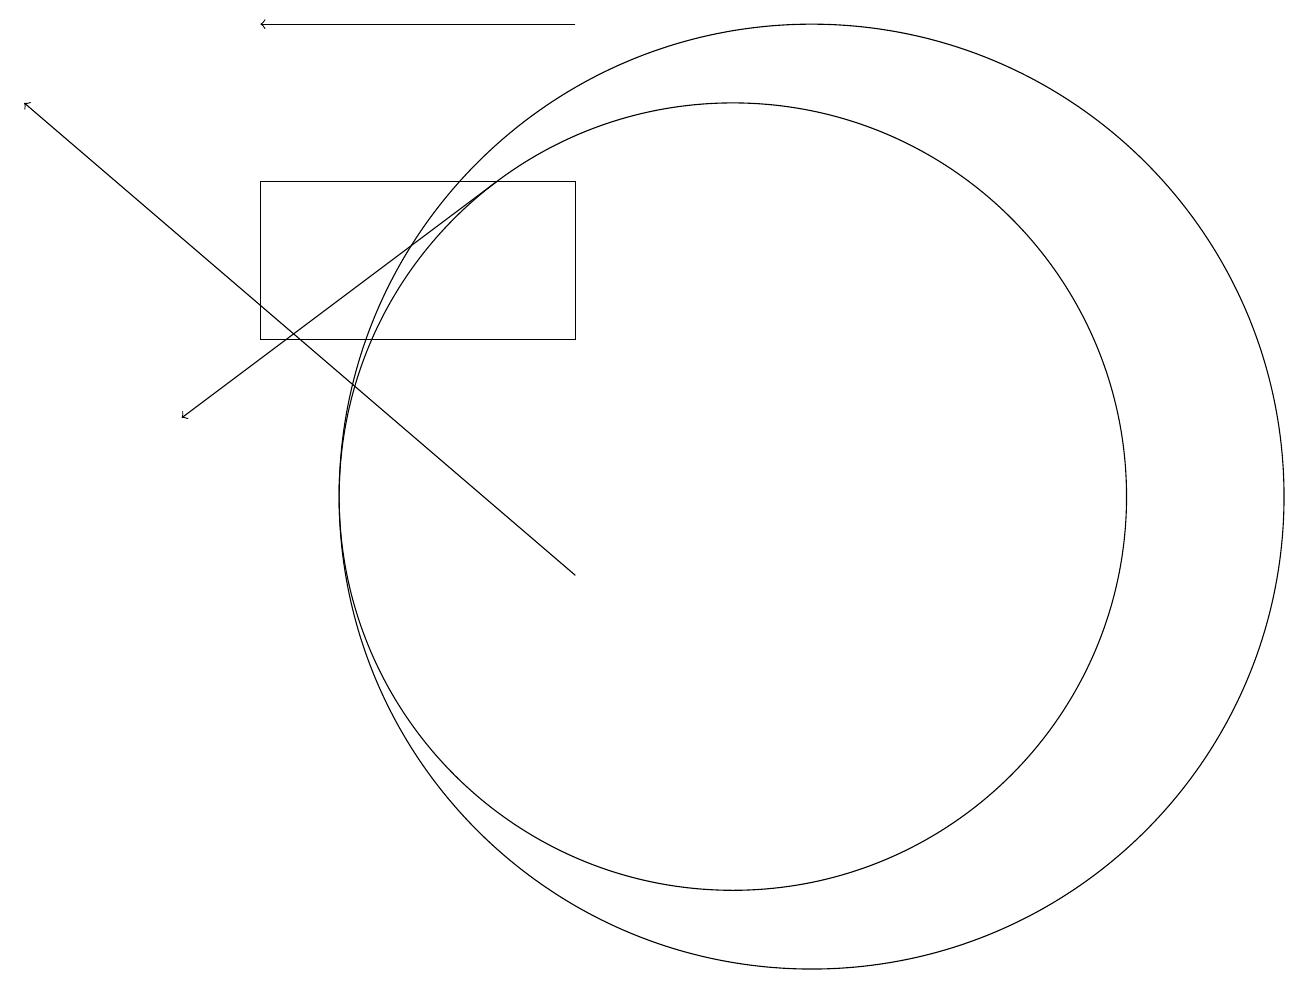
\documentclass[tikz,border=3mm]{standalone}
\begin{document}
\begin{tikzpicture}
\draw[->] (8,17) -- (4,17);
\draw (11,11) circle (6);
\draw[->] (7,15) -- (3,12);
\draw[->] (8,10) -- (1,16);
\draw (4,15) rectangle (8,13);
\draw (10,11) circle (5);
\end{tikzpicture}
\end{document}